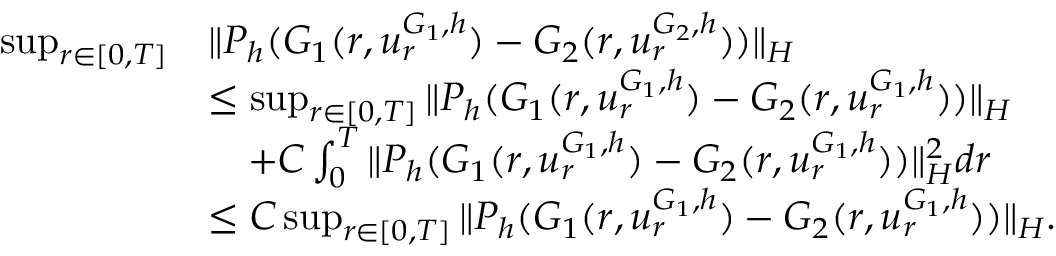
\begin{array} { r l } { \operatorname* { s u p } _ { r \in [ 0 , T ] } } & { \| P _ { h } ( G _ { 1 } ( r , u _ { r } ^ { G _ { 1 } , h } ) - G _ { 2 } ( r , u _ { r } ^ { G _ { 2 } , h } ) ) \| _ { H } } \\ & { \leq \operatorname* { s u p } _ { r \in [ 0 , T ] } \| P _ { h } ( G _ { 1 } ( r , u _ { r } ^ { G _ { 1 } , h } ) - G _ { 2 } ( r , u _ { r } ^ { G _ { 1 } , h } ) ) \| _ { H } } \\ & { \quad + C \int _ { 0 } ^ { T } \| P _ { h } ( G _ { 1 } ( r , u _ { r } ^ { G _ { 1 } , h } ) - G _ { 2 } ( r , u _ { r } ^ { G _ { 1 } , h } ) ) \| _ { H } ^ { 2 } d r } \\ & { \le C \operatorname* { s u p } _ { r \in [ 0 , T ] } \| P _ { h } ( G _ { 1 } ( r , u _ { r } ^ { G _ { 1 } , h } ) - G _ { 2 } ( r , u _ { r } ^ { G _ { 1 } , h } ) ) \| _ { H } . } \end{array}